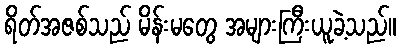
ရိတ်အဇစ်သည် မိန်းမတွေ အများကြီးယူခဲ့သည်။